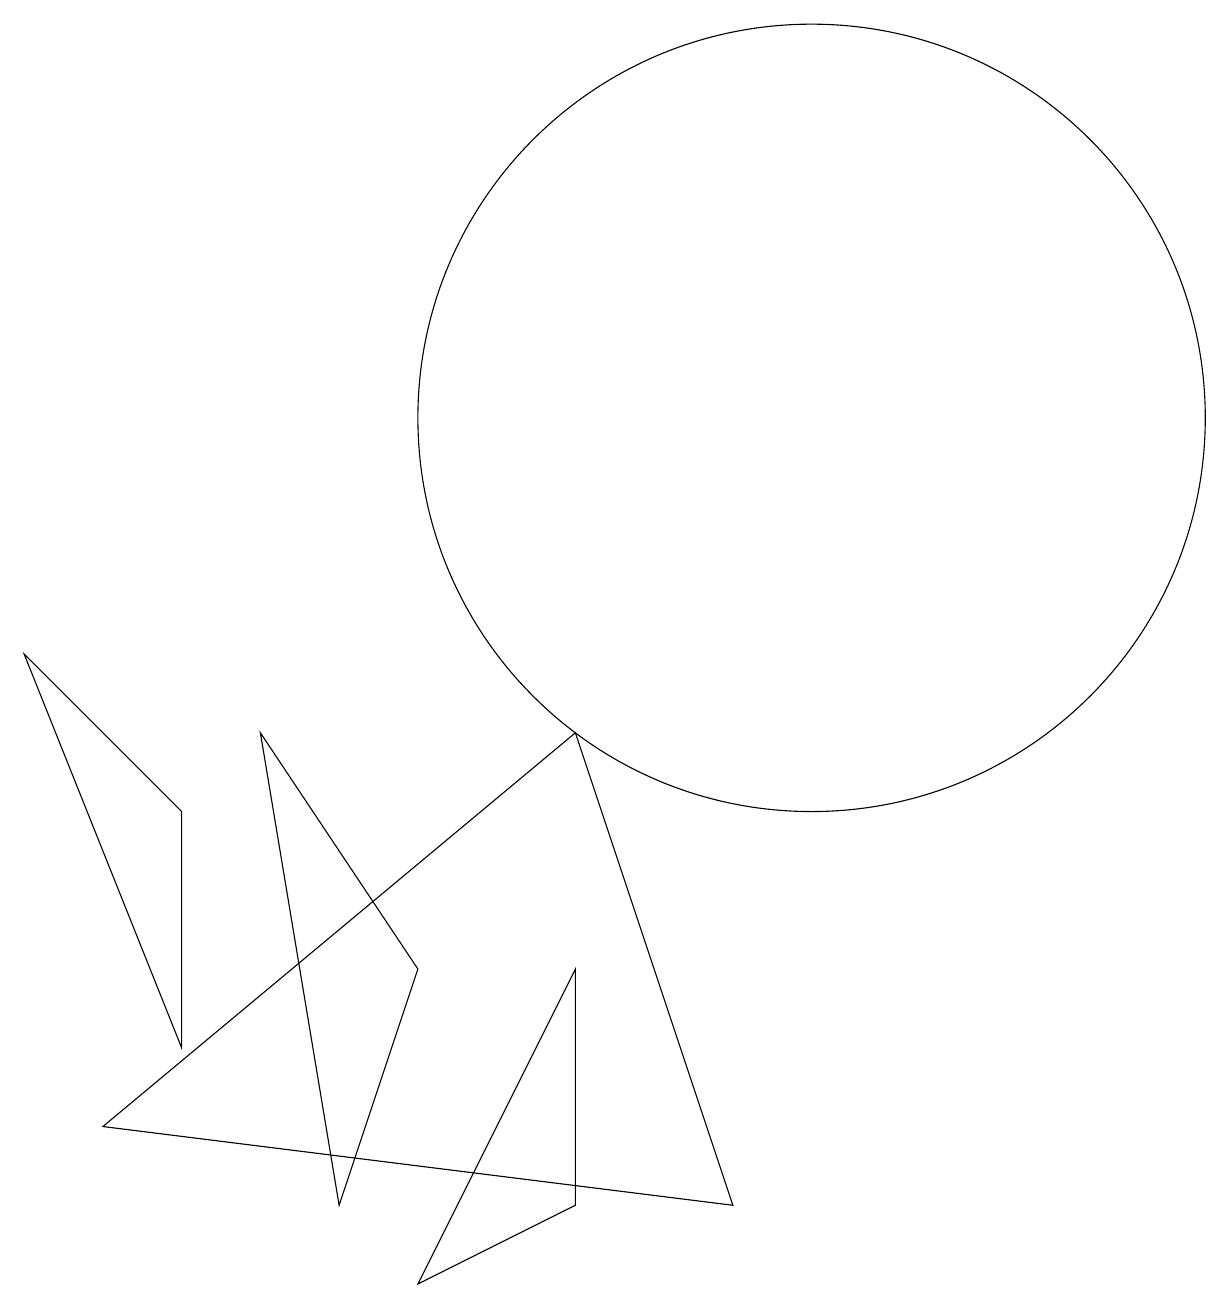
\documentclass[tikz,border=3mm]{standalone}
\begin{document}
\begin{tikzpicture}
\draw (9,2) -- (7,8) -- (1,3) -- cycle;
\draw (0,9) -- (2,7) -- (2,4) -- cycle;
\draw (7,5) -- (5,1) -- (7,2) -- cycle;
\draw (4,2) -- (5,5) -- (3,8) -- cycle;
\draw (10,12) circle (5);
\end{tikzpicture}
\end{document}